Rangoon Lunatic Asylum 1893-1897 - 1893-1897
Year: 1893
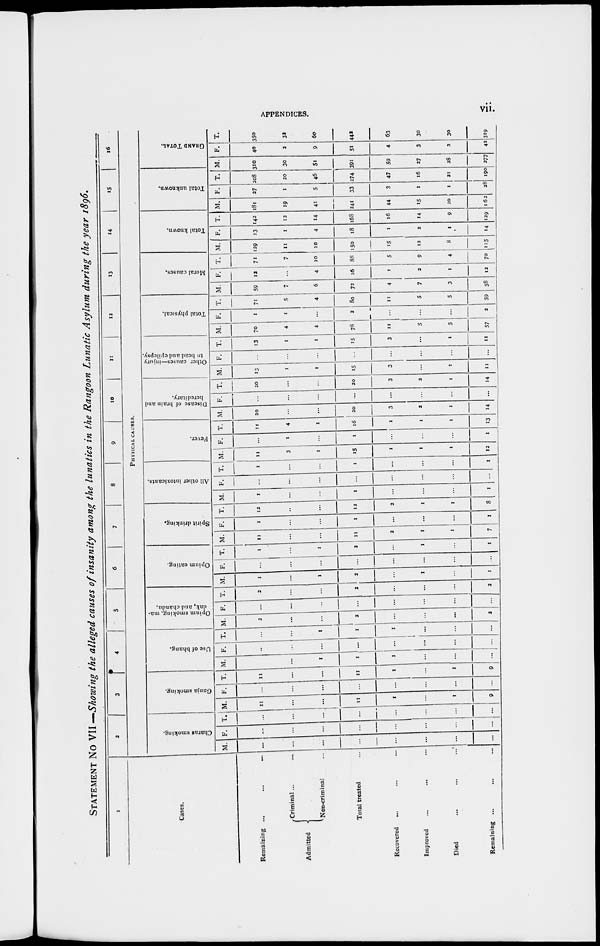
APPENDICES.
vii.
STATEMENT No VII —Showing the alleged causes of insanity among the lunatics in the Rangoon Lunatic Asylum during the year 1896.
1
Cases.
Remaining ... ... ...
Admitted
Criminal... ...
Non-criminal ...
Total treated ...
Recovered ... ... ...
Improved ... ... ...
Died ... ... ...
Remaining ... ... ...
2
3
4
5
6
7
8
9
10
11
12
13
14
15
16
PHYSICAL CAUSES.
Charas smoking.
M.
...
...
...
...
...
...
...
...
F.
...
...
...
...
...
...
...
...
T.
...
...
...
...
...
...
...
...
Ganja smoking.
M.
11
...
...
11
1
...
1
9
F.
...
...
...
...
...
...
...
...
T.
11
...
...
11
1
...
1
9
Use of bhang.
M.
...
...
1
1
1
...
...
...
F.
...
...
...
...
...
...
...
...
T.
...
...
1
1
1
...
...
...
Opium smoking, ma¬
dak, and chandu.
M.
2
...
...
2
...
...
...
2
F.
...
...
...
...
...
...
...
...
T.
2
...
...
2
...
...
...
2
Opium eating.
M.
1
...
1
2
...
1
...
1
F.
...
...
...
...
...
...
...
...
T.
1
...
1
2
...
1
...
1
Spirit drinking.
M.
11
...
...
11
2
1
1
7
F.
1
...
...
1
...
...
...
1
T.
12
...
...
12
2
1
1
8
All other intoxicants.
M.
1
...
...
1
...
...
...
1
F.
...
...
...
...
...
...
...
...
T.
1
...
...
1
...
...
...
I
Fever.
M.
11
3
1
15
1
1
1
12
F.
...
1
...
1
...
...
...
1
T.
11
4
1
16
1
1
1
13
Disease of brain and
hereditary.
M.
20
...
...
20
3
2
1
14
F.
...
...
...
...
...
...
...
...
T.
20
...
...
20
3
2
1
14
Other causes—injury
to head and epilepsy.
M.
13
1
1
15
3
...
1
11
F.
...
...
...
...
...
...
...
...
T.
13
1
1
15
3
...
1
11
Total physical.
M.
70
4
4
78
11
5
5
57
F.
1
1
...
2
...
...
...
2
T.
71
5
4
80
11
5
5
59
Moral causes.
M.
59
7
6
72
4
7
3
58
F.
12
...
4
16
1
2
1
12
T.
71
7
10
88
5
9
4
70
Total known.
M.
129
11
10
150
15
12
8
115
F.
13
1
4
18
1
2
1
14
T.
142
12
14
168
16
14
9
129
Total unknown.
M.
181
19
41
241
44
15
20
162
F.
27
1
5
33
3
1
1
28
T.
208
20
46
274
47
16
21
190
GRAND TOTAL.
M.
310
30
51
391
59
27
28
277
F.
40
2
9
51
4
3
2
43
T.
350
32
60
442
63
30
30
319